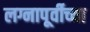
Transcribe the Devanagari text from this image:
लग्नापूर्वीच्या